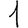
Digit: 1